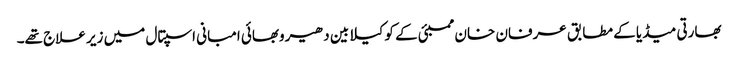
بھارتی میڈیا کے مطابق عرفان خان ممبئی کے کوکیلابین دھیروبھائی امبانی اسپتال میں زیر علاج تھے۔